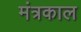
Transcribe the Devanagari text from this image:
मंत्रकाल